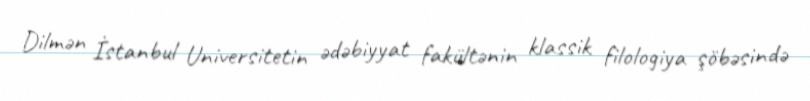
Dilmən İstanbul Universitetin ədəbiyyat fakültənin klassik filologiya şöbəsində